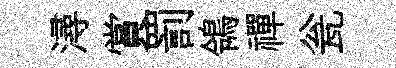
潯賞罰鴒禪瓮